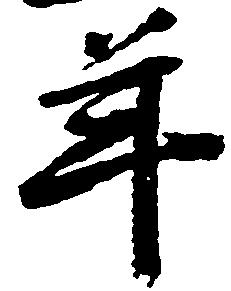
年